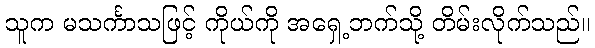
သူက မသင်္ကာသဖြင့် ကိုယ်ကို အရှေ့ဘက်သို့ တိမ်းလိုက်သည်။